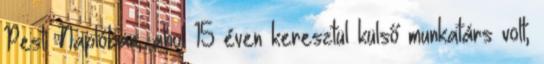
Pesti Naplóban, ahol 15 éven keresztül külső munkatárs volt;